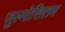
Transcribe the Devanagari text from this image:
जुल्मोसितम